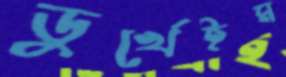
ডুর্খেইম